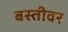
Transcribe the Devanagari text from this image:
बस्तीवर